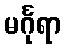
မင်္ဂုရာ